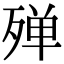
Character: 殚